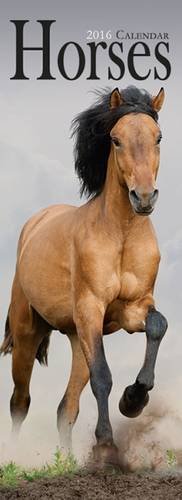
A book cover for Horses Slim Calendar 2016; Avonside Publishing Ltd.; Calendars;